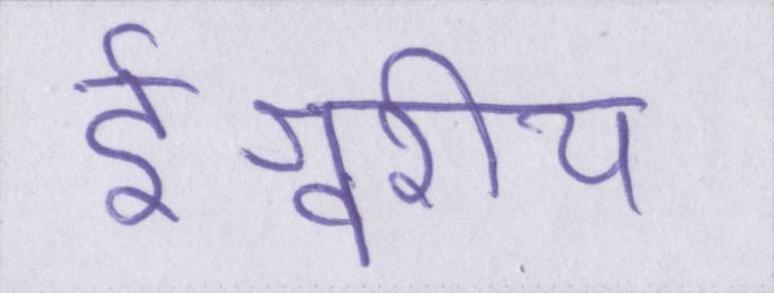
ईश्वरीय